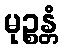
မုဉ္စန္တံ